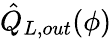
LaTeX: \hat{Q}_{L,out}(\phi)